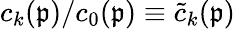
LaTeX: c_{k}(\mathfrak{p})/c_{0}(\mathfrak{p})\equiv\widetilde{c}_{k}(\mathfrak{p})